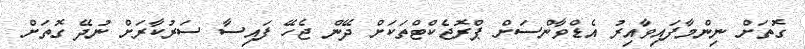
ގޮތަށް ނިންމާފައިވާއިރު އެޑްވާންސަށް ޕްރޮޖެކްޓްތަކަށް ދޭން ޖެހޭ ފައިސާ ސަރުކާރަށް ނުދޭ ގޮތަށް